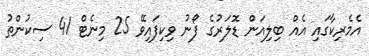
އެމެރިކާގައި އެއް ބިލިއަން ޑޮލަރުގެ ފޯނު ވިކިފައިވޭ 25 މިނެޓް 41 ސިކުންތު